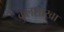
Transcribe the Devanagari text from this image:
कुलशाखा